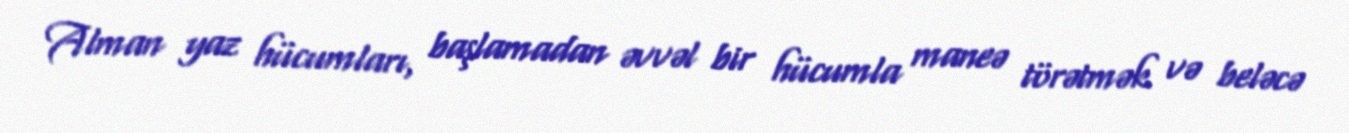
Alman yaz hücumları, başlamadan əvvəl bir hücumla maneə törətmək və beləcə